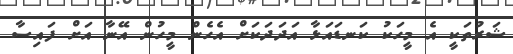
ޝަރުތަކީ އެ މީހަކު ކަނޑައަޅާ އަދަދަކަށް އެހެން މީހުން އޭނާ އަށް ފައިސާ